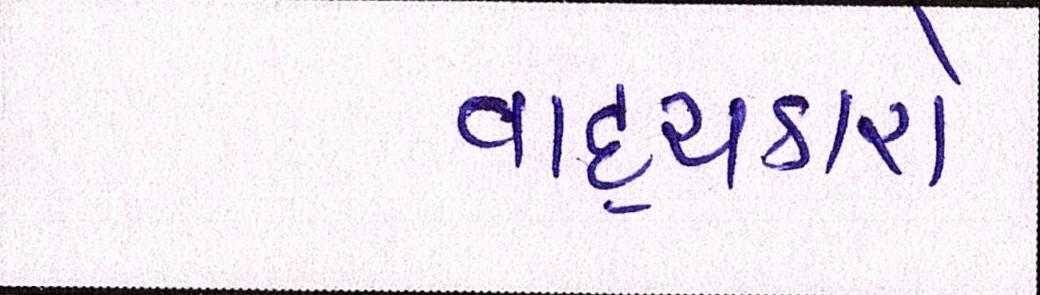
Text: વાદ્યકારો